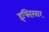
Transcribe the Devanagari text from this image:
इफ्तिख़ार